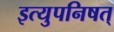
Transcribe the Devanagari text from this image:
इत्युपनिषत्‌